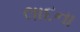
લાદના